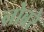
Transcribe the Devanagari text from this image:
नोबरे